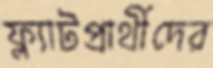
ফ্ল্যাটপ্রার্থীদের